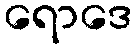
ရောဒေ